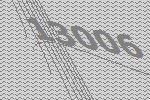
13006